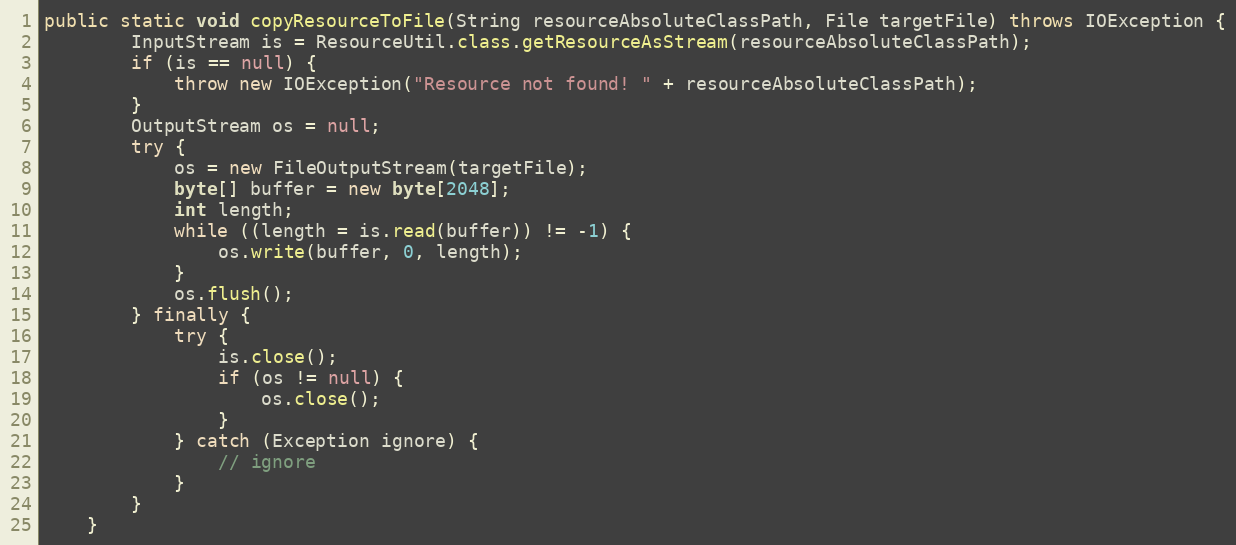
Language: Java
public static void copyResourceToFile(String resourceAbsoluteClassPath, File targetFile) throws IOException {
        InputStream is = ResourceUtil.class.getResourceAsStream(resourceAbsoluteClassPath);
        if (is == null) {
            throw new IOException("Resource not found! " + resourceAbsoluteClassPath);
        }
        OutputStream os = null;
        try {
            os = new FileOutputStream(targetFile);
            byte[] buffer = new byte[2048];
            int length;
            while ((length = is.read(buffer)) != -1) {
                os.write(buffer, 0, length);
            }
            os.flush();
        } finally {
            try {
                is.close();
                if (os != null) {
                    os.close();
                }
            } catch (Exception ignore) {
                // ignore
            }
        }
    }